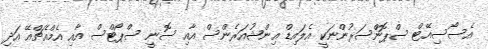
އެސޯސިއޭޓް ސްޕޮންސަރުންނަކީ އެލައިޑް އިންޝުއަރެންސް އާއި ސޮނީ ސްޕޯޓްސް އާއި އެމްއެޗްއޭ އަދި